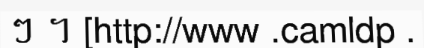
ៗ ។ [http://www .camldp .